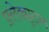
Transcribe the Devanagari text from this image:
फ़्लेक्सुराल